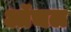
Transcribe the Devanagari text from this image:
ऑचल